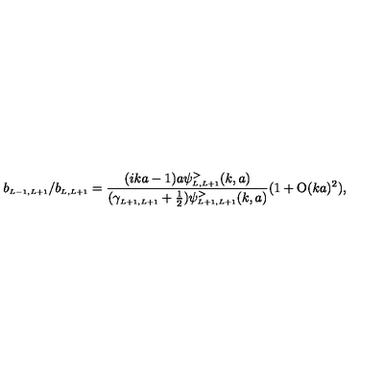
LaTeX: b _ { \scriptscriptstyle { L - 1 , L + 1 } } / b _ { \scriptscriptstyle { L , L + 1 } } = \frac { ( i k a - 1 ) a \psi _ { \scriptscriptstyle { L , L + 1 } } ^ { > } ( k , a ) } { ( \gamma _ { \scriptscriptstyle { L + 1 , L + 1 } } + \frac { 1 } { 2 } ) \psi _ { \scriptscriptstyle { L + 1 , L + 1 } } ^ { > } ( k , a ) } ( 1 + \mathrm { O } ( k a ) ^ { 2 } ) ,